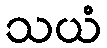
သယံ